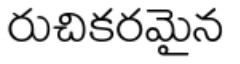
రుచికరమైన